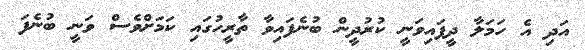
އަދި އެ ހަމަލާ ދީފައިވަނީ ކުރުދީން ބުނެފައިވާ ތާރީހުގައި ކަމަށްވެސް ވަނީ ބުނެފަ